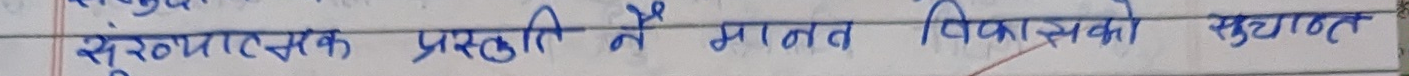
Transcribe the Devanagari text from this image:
सृजनात्मक प्रस्तुति में मानव विकासको सुगमता